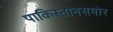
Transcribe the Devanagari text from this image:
पाकिस्तानसमोर